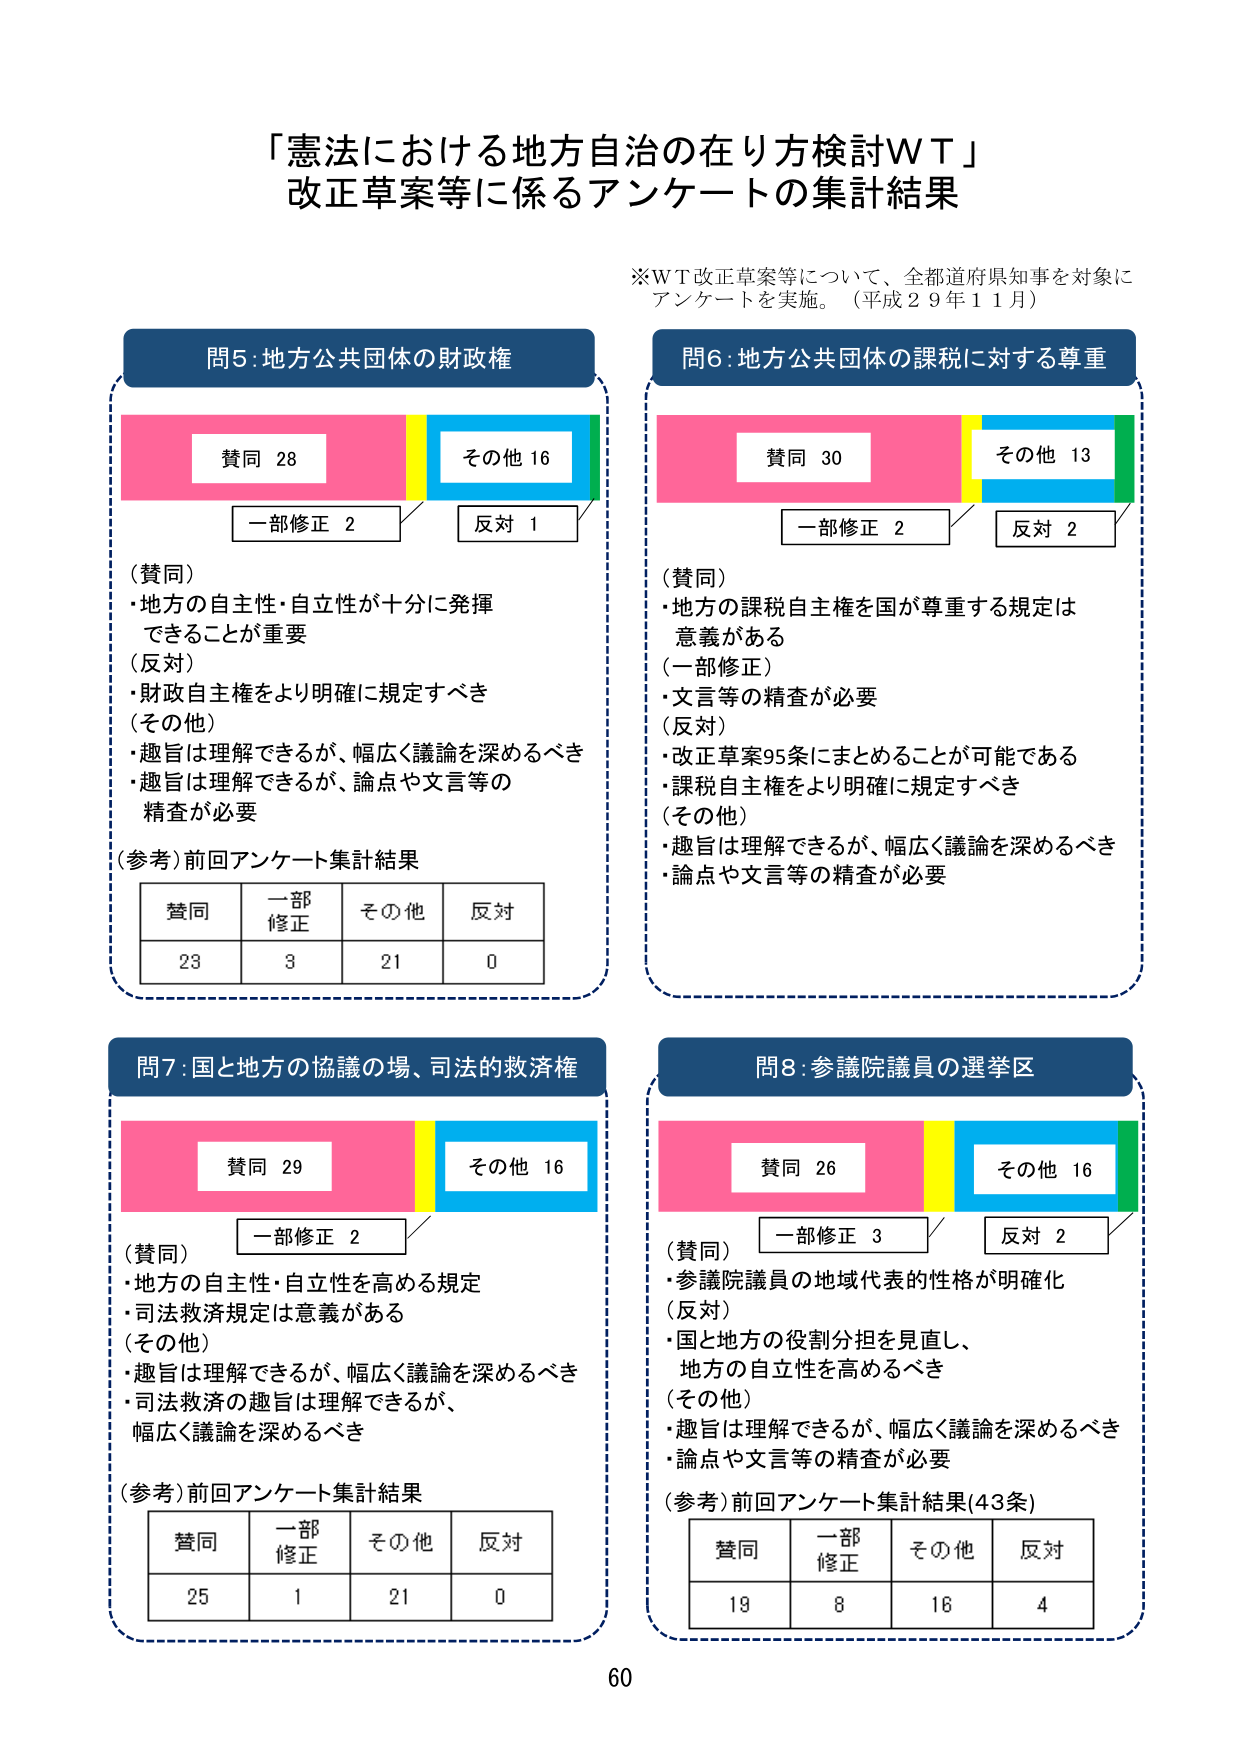
「憲法における地方自治の在り方検討ＷＴ」
改正草案等に係るアンケートの集計結果

※ＷＴ改正草案等について、全都道府県知事を対象に
アンケートを実施。（平成２９年１１月）

問5：地方公共団体の財政権
　　■ 賛同 28
　　■ その他 16
　　■ 一部修正 2
　　■ 反対 1

（賛同）
・地方の自主性・自立性が十分に発揮
　できることが重要
（反対）
・財政自主権をより明確に規定すべき
（その他）
・趣旨は理解できるが、幅広く議論を深めるべき
・趣旨は理解できるが、論点や文言等の
　精査が必要

（参考）前回アンケート集計結果
　　| 賛同 | 一部修正 | その他 | 反対 |
　　|------|----------|--------|------|
　　| 23   | 3        | 21     | 0    |

問6：地方公共団体の課税に対する尊重
　　■ 賛同 30
　　■ その他 13
　　■ 一部修正 2
　　■ 反対 2

（賛同）
・地方の課税自主権を国が尊重する規定は
　意義がある
（一部修正）
・文言等の精査が必要
（反対）
・改正草案95条にまとめることが可能である
・課税自主権をより明確に規定すべき
（その他）
・趣旨は理解できるが、幅広く議論を深めるべき
・論点や文言等の精査が必要

問7：国と地方の協議の場、司法的救済権
　　■ 賛同 29
　　■ その他 16
　　■ 一部修正 2

（賛同）
・地方の自主性・自立性を高める規定
・司法救済規定は意義がある
（その他）
・趣旨は理解できるが、幅広く議論を深めるべき
・司法救済の趣旨は理解できるが、
　幅広く議論を深めるべき

（参考）前回アンケート集計結果
　　| 賛同 | 一部修正 | その他 | 反対 |
　　|------|----------|--------|------|
　　| 25   | 1        | 21     | 0    |

問8：参議院議員の選挙区
　　■ 賛同 26
　　■ その他 16
　　■ 一部修正 3
　　■ 反対 2

（賛同）
・参議院議員の地域代表的性格が明確化
（反対）
・国と地方の役割分担を見直し、
　地方の自立性を高めるべき
（その他）
・趣旨は理解できるが、幅広く議論を深めるべき
・論点や文言等の精査が必要

（参考）前回アンケート集計結果(43条)
　　| 賛同 | 一部修正 | その他 | 反対 |
　　|------|----------|--------|------|
　　| 19   | 8        | 16     | 4    |

60